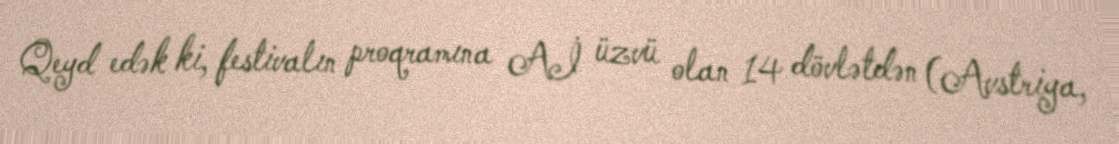
Qeyd edək ki, festivalın proqramına Aİ üzvü olan 14 dövlətdən (Avstriya,